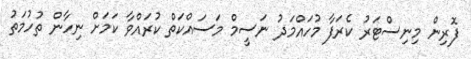
ފޮރިން މިނިސްޓަރު ކެރަފާ މުހައްމަދު ނަސީމް މަސައްކަތް ކުރައްވާ ކަމަށް ނިހާން ތުހުމަތު